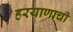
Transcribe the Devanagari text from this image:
हरयाणाची